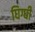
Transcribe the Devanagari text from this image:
घिग्घी